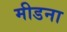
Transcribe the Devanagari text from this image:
मीडना